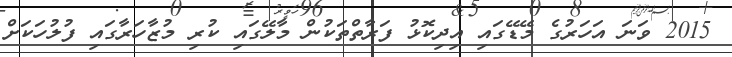
2015 ވަނަ އަހަރުގެ މޭޑޭގައި އިދިކޮޅު ފަރާތްތަކުން މާލޭގައި ކުރި މުޒާހަރާގައި ފުލުހަކަށް